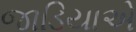
જાડિયાએ